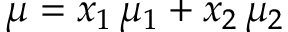
\mu = x _ { 1 } \, \mu _ { 1 } + x _ { 2 } \, \mu _ { 2 }